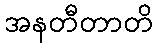
အနတီတာတိ